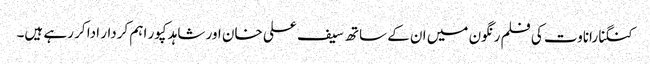
کنگنا راناوت کی فلم رنگون میں ان کے ساتھ سیف علی خان اور شاہد کپور اہم کردار ادا کر رہے ہیں۔